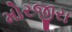
મોરજીરા